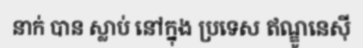
នាក់ បាន ស្លាប់ នៅក្នុង ប្រទេស ឥណ្ឌូនេស៊ី